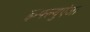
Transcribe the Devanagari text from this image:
इन्फ्ल्युएंजा